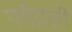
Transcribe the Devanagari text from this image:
परीग्राही